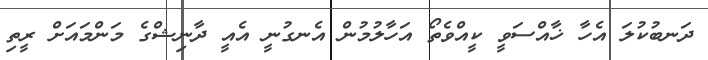
ދަނބުކުލަ އެހާ ޚާއްސަވީ ކީއްވެތޯ އަހާލުމުން އެނގުނީ އެއީ ދާނިޝްގެ މަންމައަށް ރީތި